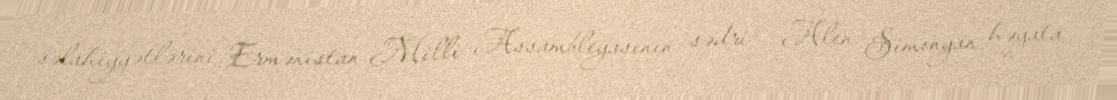
səlahiyyətlərini Ermənistan Milli Assambleyasının sədri - Alen Simonyan həyata